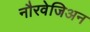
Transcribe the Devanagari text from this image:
नौरवेजिअन